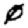
Digit: 0